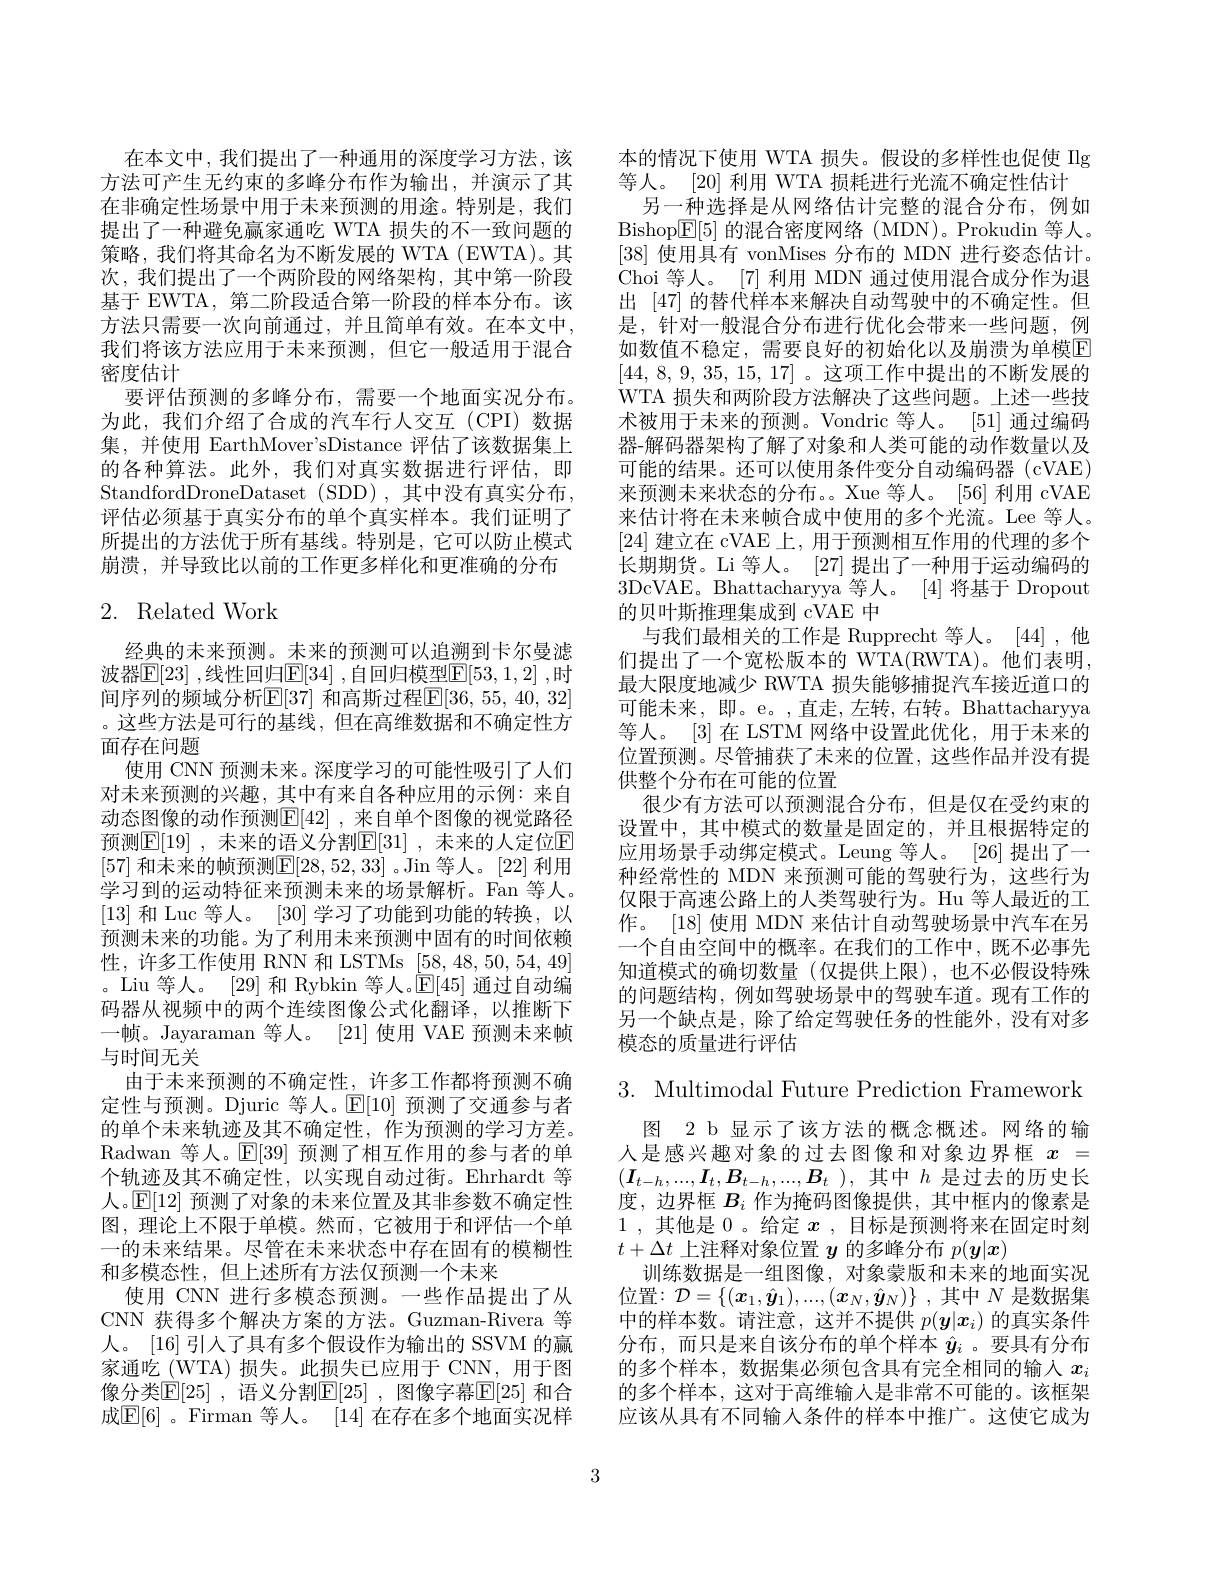
在本文中，我们提出了一种通用的深度学习方法，该方法可产生无约束的多峰分布作为输出，并演示了其在非确定性场景中用于未来预测的用途。特别是，我们提出了一种避免赢家通吃 WTA 损失的不一致问题的策略，我们将其命名为不断发展的 WTA (EWTA)。其次，我们提出了一个两阶段的网络架构，其中第一阶段基于 EWTA, 第二阶段适合第一阶段的样本分布。该方法只需要一次向前通过，并且简单有效。在本文中， 我们将该方法应用于未来预测，但它一般适用于混合密度估计
要评估预测的多峰分布，需要一个地面实况分布。为此，我们介绍了合成的汽车行人交互(CPI)数据集，并使用 EarthMover'sDistance 评估了该数据集上的各种算法。此外，我们对真实数据进行评估，即StandfordDroneDataset (SDD),其中没有真实分布， 评估必须基于真实分布的单个真实样本。我们证明了所提出的方法优于所有基线。特别是，它可以防止模式崩溃，并导致比以前的工作更多样化和更准确的分布

# 2. Related Work

经典的未来预测。未来的预测可以追溯到卡尔曼滤波器$\mathbb{E}[23]$ ,线性回归$\mathbb{E}[34]$ ,自回归模型$\mathbb{E}[53,1,2]$ ,时间序列的频域分析$\mathbb{E}[37]$ 和高斯过程$\mathbb{E}[36,55,40,32]$ 。这些方法是可行的基线，但在高维数据和不确定性方面存在问题
使用 CNN 预测未来。深度学习的可能性吸引了人们对未来预测的兴趣，其中有来自各种应用的示例：来自动态图像的动作预测$\mathbb{E}[42]$ ,来自单个图像的视觉路径预测$\mathbb{E}[19]$ ,未来的语义分割$\mathbb{E}[31]$ ,未来的人定位$\mathbb{E}$ [57] 和未来的帧预测$\boxed{\mathrm{E}}[28,52,33]$ 。Jin 等人。[22] 利用学习到的运动特征来预测未来的场景解析。Fan 等人。[13]和 Luc 等人。[30]学习了功能到功能的转换，以预测未来的功能。为了利用未来预测中固有的时间依赖性，许多工作使用 RNN 和 LSTMs $\underline{[58,48,50,54,49]}$ 。Liu 等人。[29] 和 Rybkin 等人。$\mathbb{E}[45]$通过自动编码器从视频中的两个连续图像公式化翻译，以推断下一帧。Jayaraman 等人。[21] 使用 VAE 预测未来帧与时间无关
由于未来预测的不确定性，许多工作都将预测不确定性与预测。Djuric 等人。$\mathbb{E}[10]$预测了交通参与者的单个未来轨迹及其不确定性，作为预测的学习方差。Radwan 等人。$\mathbb{E}[39]$预测了相互作用的参与者的单个轨迹及其不确定性，以实现自动过街。Ehrhardt 等人。$\mathbb{E}[12]$预测了对象的未来位置及其非参数不确定性图，理论上不限于单模。然而，它被用于和评估一个单一的未来结果。尽管在末来状态中存在固有的模糊性和多模态性，但上述所有方法仅预测一个未来
使用 CNN 进行多模态预测。一些作品提出了从CNN 获得多个解决方案的方法。Guzman-Rivera 等人。[16] 引入了具有多个假设作为输出的 SSVM 的赢家通吃(WTA)损失。此损失已应用于 CNN,用于图像分类$\mathbb{E}[25]$ ,语义分割$\mathbb{E}[25]$ ,图像字幕$\mathbb{E}[25]$ 和合成$\mathbb{E}[6]$。Firman 等人。[14] 在存在多个地面实况样

本的情况下使用 WTA 损失。假设的多样性也促使 Ilg
等人。[20] 利用 WTA 损耗进行光流不确定性估计
另一种选择是从网络估计完整的混合分布，例如Bishop$\mathbb{E}[5]$的混合密度网络 (MDN)。Prokudin 等人。[38]使用具有 vonMises 分布的 MDN 进行姿态估计。Choi 等人。[7] 利用 MDN 通过使用混合成分作为退出 [47] 的替代样本来解决自动驾驶中的不确定性。但是，针对一般混合分布进行优化会带来一些问题，例如数值不稳定，需要良好的初始化以及崩溃为单模E [44, 8, 9, 35, 15, 17]。这项工作中提出的不断发展的WTA 损失和两阶段方法解决了这些问题。上述一些技术被用于未来的预测。Vondric 等人。[51] 通过编码器-解码器架构了解了对象和人类可能的动作数量以及可能的结果。还可以使用条件变分自动编码器 (cVAE) 来预测未来状态的分布。。Xue 等人。[56] 利用 cVAE 来估计将在未来帧合成中使用的多个光流。Lee 等人。[24]建立在 cVAE 上，用于预测相互作用的代理的多个长期期货。Li 等人。[27]提出了一种用于运动编码的3DcVAE。Bhattacharyya 等人。[4]将基于 Dropout 的贝叶斯推理集成到 cVAE 中
与我们最相关的工作是 Rupprecht 等人。[44],他们提出了一个宽松版本的 WTA(RWTA)。他们表明， 最大限度地减少 RWTA 损失能够捕捉汽车接近道口的可能未来，即。e。,直走，左转，右转。Bhattacharyya 等人。[3] 在 LSTM 网络中设置此优化，用于未来的位置预测。尽管捕获了未来的位置，这些作品并没有提供整个分布在可能的位置
很少有方法可以预测混合分布，但是仅在受约束的设置中，其中模式的数量是固定的，并且根据特定的应用场景手动绑定模式。Leung 等人。[26] 提出了一种经常性的 MDN 来预测可能的驾驶行为，这些行为仅限于高速公路上的人类驾驶行为。Hu 等人最近的工作。[18] 使用 MDN 来估计自动驾驶场景中汽车在另一个自由空间中的概率。在我们的工作中，既不必事先知道模式的确切数量(仅提供上限),也不必假设特殊的问题结构，例如驾驶场景中的驾驶车道。现有工作的另一个缺点是，除了给定驾驶任务的性能外，没有对多模态的质量进行评估

3. Multimodal Future Prediction Framework

图 2 b 显示了该方法的概念概述。网络的输人是感兴趣对象的过去图像和对象边界框$x=$ $(\boldsymbol{I}_{t-h},...,\boldsymbol{I}_t,\boldsymbol{B}_{t-h},...,\boldsymbol{B}_t)$,其中$h$是过去的历史长度，边界框$B_i$作为掩码图像提供，其中框内的像素是1 ,其他是 0 。给定$x$ ,目标是预测将来在固定时刻$t+\Delta t$上注释对象位置$y$的多峰分布$p(\boldsymbol{y}|\boldsymbol{x})$
训练数据是一组图像，对象蒙版和未来的地面实况位置：$\mathcal{D} = \{ ( \boldsymbol{x}_1, \hat{\boldsymbol{y}} _1) , . . . , ( \boldsymbol{x}_N, \hat{\boldsymbol{y}} _N) \}$ ,其中$N$是数据集中的样本数。请注意，这并不提供$p(\boldsymbol{y}|\boldsymbol{x}_i)$的真实条件分布，而只是来自该分布的单个样本$\hat{y}_i$ 。要具有分布的多个样本，数据集必须包含具有完全相同的输入$x_i$ 的多个样本，这对于高维输入是非常不可能的。该框架应该从具有不同输入条件的样本中推广。这使它成为

3